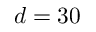
d = 3 0